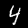
Label: 4